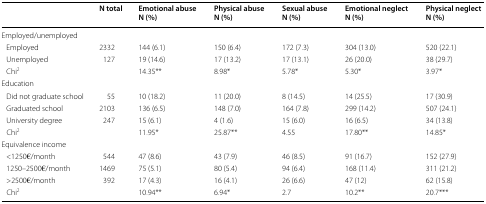
<table><thead><tr><td></td><td><b>N total</b></td><td><b>Emotional abuseN (%)</b></td><td><b>Physical abuseN (%)</b></td><td><b>Sexual abuseN (%)</b></td><td><b>Emotional neglectN (%)</b></td><td><b>Physical neglectN (%)</b></td></tr></thead><tbody><tr><td colspan="7">Employed/unemployed</td></tr><tr><td> Employed</td><td>2332</td><td>144 (6.1)</td><td>150 (6.4)</td><td>172 (7.3)</td><td>304 (13.0)</td><td>520 (22.1)</td></tr><tr><td> Unemployed</td><td>127</td><td>19 (14.6)</td><td>17 (13.2)</td><td>17 (13.1)</td><td>26 (20.0)</td><td>38 (29.7)</td></tr><tr><td> Chi<sup>2</sup></td><td></td><td>14.35**</td><td>8.98*</td><td>5.78*</td><td>5.30*</td><td>3.97*</td></tr><tr><td colspan="7">Education</td></tr><tr><td> Did not graduate school</td><td>55</td><td>10 (18.2)</td><td>11 (20.0)</td><td>8 (14.5)</td><td>14 (25.5)</td><td>17 (30.9)</td></tr><tr><td> Graduated school</td><td>2103</td><td>136 (6.5)</td><td>148 (7.0)</td><td>164 (7.8)</td><td>299 (14.2)</td><td>507 (24.1)</td></tr><tr><td> University degree</td><td>247</td><td>15 (6.1)</td><td>4 (1.6)</td><td>15 (6.0)</td><td>16 (6.5)</td><td>34 (13.8)</td></tr><tr><td> Chi<sup>2</sup></td><td></td><td>11.95*</td><td>25.87**</td><td>4.55</td><td>17.80**</td><td>14.85*</td></tr><tr><td colspan="7">Equivalence income</td></tr><tr><td> &lt;1250€/month</td><td>544</td><td>47 (8.6)</td><td>43 (7.9)</td><td>46 (8.5)</td><td>91 (16.7)</td><td>152 (27.9)</td></tr><tr><td> 1250–2500€/month</td><td>1469</td><td>75 (5.1)</td><td>80 (5.4)</td><td>94 (6.4)</td><td>168 (11.4)</td><td>311 (21.2)</td></tr><tr><td> &gt;2500€/month</td><td>392</td><td>17 (4.3)</td><td>16 (4.1)</td><td>26 (6.6)</td><td>47 (12)</td><td>62 (15.8)</td></tr><tr><td> Chi<sup>2</sup></td><td></td><td>10.94**</td><td>6.94*</td><td>2.7</td><td>10.2**</td><td>20.7***</td></tr></tbody></table>